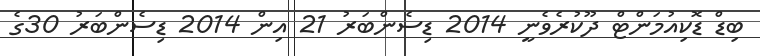
ބިޑް ޑޮކިއުމަންޓް ދޫކުރެވެނީ 2014 ޑިސެންބަރު 21 އިން 2014 ޑިސެންބަރު 30ގެ